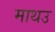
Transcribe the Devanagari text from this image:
माथउ